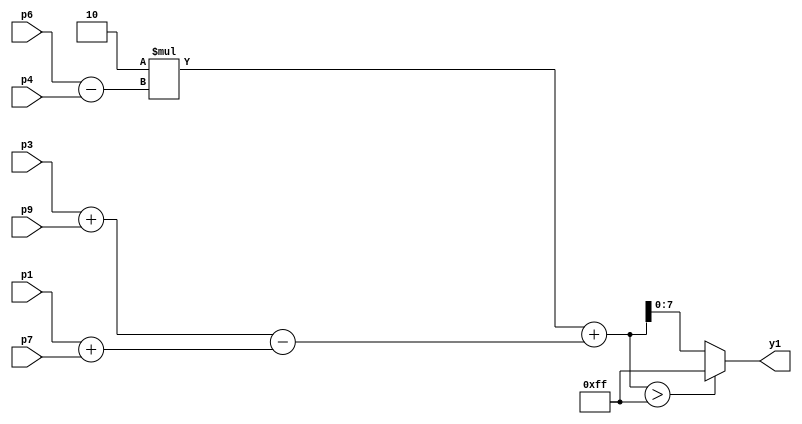
// vertical sobel kernel

module AMSG_sobel_v(
input [7:0] p1, p3, p4, p6, p7, p9,
  output reg [7:0] y1
    );
    wire [15:0] ys1;
    wire [8:0] n1, n2, n3, n4;
    wire [15:0] m1;
    
    assign n1 = p1 + p7;
    assign n2 = p3 + p9;
    assign n3 = p6 - p4;
    assign m1 = 2 * n3;
    assign n4 = n2 - n1;
    assign ys1 = m1 + n4;
    always@(ys1)
    begin
    if(ys1 > 255)
      y1 <= 255;
    else
      y1 <= ys1;
    end
endmodule